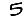
Digit: 5